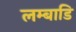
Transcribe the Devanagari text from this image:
लम्बाडि